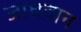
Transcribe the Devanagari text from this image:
जाधवान